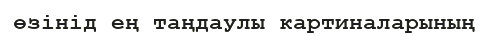
өзінід ең таңдаулы картиналарының